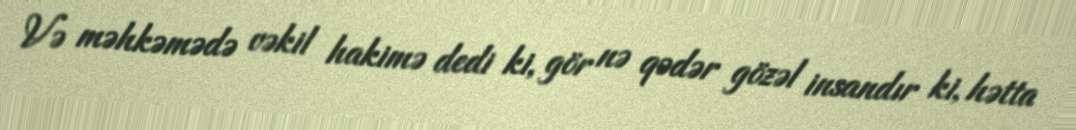
Və məhkəmədə vəkil hakimə dedi ki, gör nə qədər gözəl insandır ki, hətta